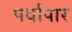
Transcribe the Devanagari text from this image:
पर्वापार